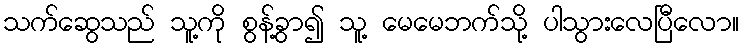
သက်ဆွေသည် သူ့ကို စွန့်ခွာ၍ သူ့ မေမေဘက်သို့ ပါသွားလေပြီလော။